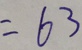
= 6 3